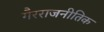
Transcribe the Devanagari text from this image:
गैरराजनीतिक